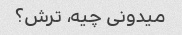
میدونی چیه، ترش؟